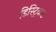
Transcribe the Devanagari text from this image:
डिस्ट्रिकट